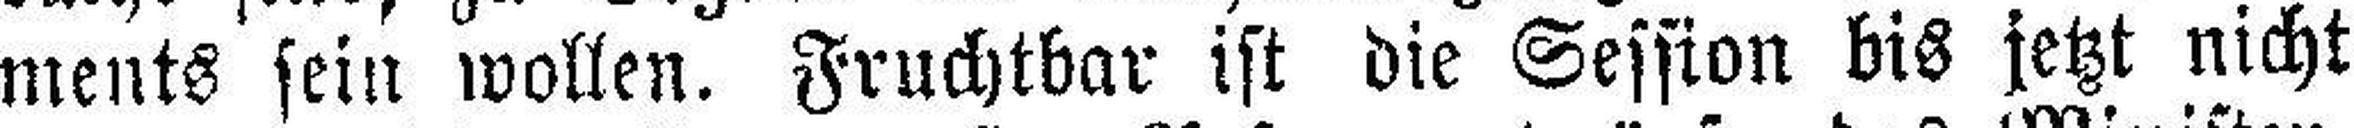
ments sein wollen. Fruchtbar ist die Session bis jetzt nicht